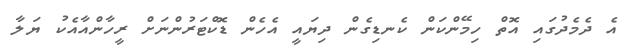
އެ ދެމެދުގައި އޮތް ހިމޭންކަން ކެނޑިގެން ދިޔައީ އެހެން ޑޮކްޓަރުންނަށް ރީހާންއާއެކު ޔަލާ